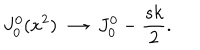
J _ { 0 } ^ { 0 } ( x ^ { 2 } ) \longrightarrow J _ { 0 } ^ { 0 } - { \frac { s k } { 2 } } .